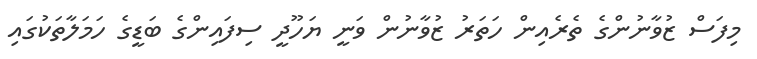
މިފަސް ޒުވާނުންގެ ތެރެއިން ހަތަރު ޒުވާނުން ވަނީ ޔަހޫދީ ސިފައިންގެ ބަޑީގެ ހަމަލާތަކުގައި